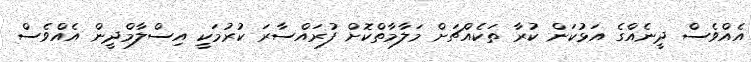
އެއްވެސް ދީނެއްގެ އަޅުކަން ކުރާ ތަކެއްޗަށް މަލާމާތްކޮށް ފުރައްސާރަ ކުރުމަކީ އިސްލާމްދީން އެއްވެސް